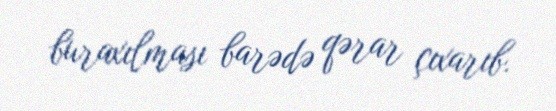
buraxılması barədə qərar çıxarıb.